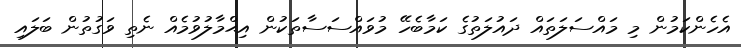
އެހެންކަމުން މި މައްސަލަތައް ދައުލަތުގެ ކަމާބެހޭ މުވައްސަސާތަކުން އިޙްމާލުވުމެއް ނެތި ވަގުތުން ބަލައި